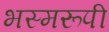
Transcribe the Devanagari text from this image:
भस्मरूपी